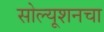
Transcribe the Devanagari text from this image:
सोल्यूशनचा